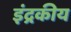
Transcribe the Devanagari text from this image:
इंद्रकीय